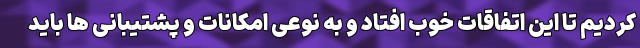
کردیم تا این اتفاقات خوب افتاد و به نوعی امکانات و پشتیبانی ها باید